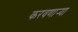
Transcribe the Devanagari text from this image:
करवणार्‍या